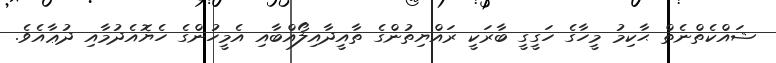
ޝައްކެތްނެތް ޙާކިމު މީހާގެ ހަގީގީ ބާރަކީ ރައްޔިތުންގެ ތާއީދާއިލޯއްބާއި އެމީހުންގެ ހެޔޮއެދުމާއި ދުޢާއެވެ.